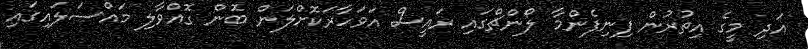
އަދި މީގެ އިތުރުން ފިނިފެންމާ ލޯންޗްގައި ރައީސް އަވަހާރަކޮށްލަން ބޮން ގޮއްވާލި މައްސަލައިގައި